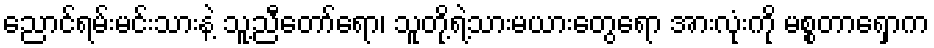
ညောင်ရမ်းမင်းသားနဲ့ သူ့ညီတော်ရော၊ သူတို့ရဲ့သားမယားတွေရော အားလုံးကို မစ္စတာရှောက